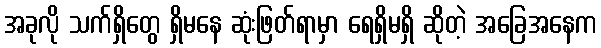
အခုလို သက်ရှိတွေ ရှိမနေ ဆုံးဖြတ်ရာမှာ ရေရှိမရှိ ဆိုတဲ့ အခြေအနေက